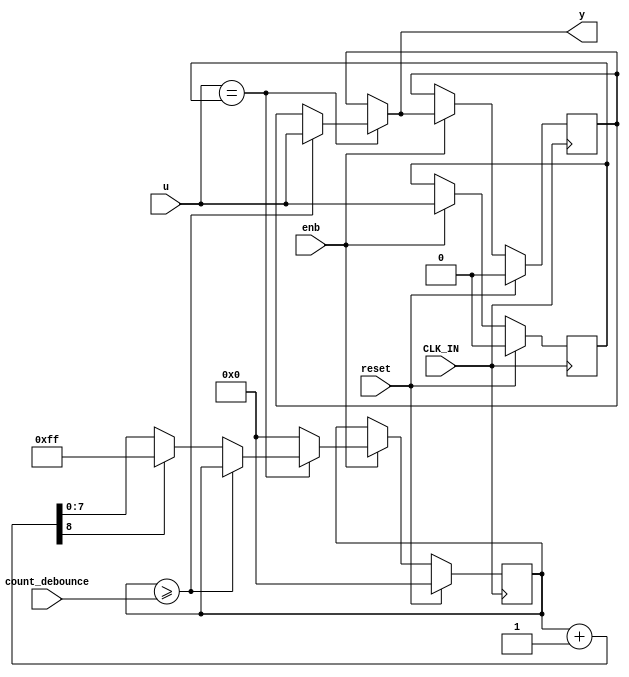
module Count_Up_Down
          (
           CLK_IN,
           reset,
           enb,
           u,
           count_debounce,
           y
          );
  input   CLK_IN;
  input   reset;
  input   enb;
  input   u;
  input   [7:0] count_debounce;  
  output  y;
  reg  u_n1;
  reg [7:0] count;  
  reg  y_reg;
  reg  u_n1_next;
  reg [7:0] count_next;  
  reg  y_reg_next;
  reg [8:0] add_temp_1;  
  always @(posedge CLK_IN)
    begin : libDebounce_c2_Count_Up_Down_process
      if (reset == 1'b1) begin
        u_n1 <= 1'b0;
        count <= 8'd0;
        y_reg <= 1'b0;
      end
      else if (enb) begin
        u_n1 <= u_n1_next;
        count <= count_next;
        y_reg <= y_reg_next;
      end
    end
  always @(u, u_n1, count, count_debounce, y_reg) begin
    count_next = count;
    y_reg_next = y_reg;
    if (u == u_n1) begin
      if (count >= count_debounce) begin
        y_reg_next = u;
      end
      else begin
        add_temp_1 = count + 1;
        if (add_temp_1[8] != 1'b0) begin
          count_next = 8'b11111111;
        end
        else begin
          count_next = add_temp_1[7:0];
        end
      end
    end
    else begin
      count_next = 8'd0;
    end
    u_n1_next = u;
  end
  assign y = y_reg_next;
endmodule